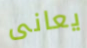
يعانى